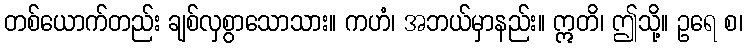
တစ်ယောက်တည်း ချစ်လှစွာသောသား။ ကဟံ၊ အဘယ်မှာနည်း။ ဣတိ၊ ဤသို့။ ဥရေ စ၊